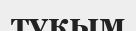
тұкым